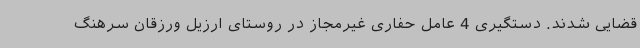
قضایی شدند. دستگیری 4 عامل حفاری غیرمجاز در روستای ارزیل ورزقان سرهنگ